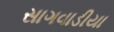
સાગવાડીયા